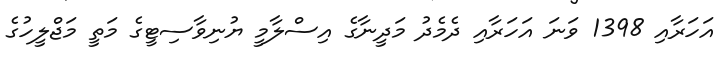
އަހަރާއި 1398 ވަނަ އަހަރާއި ދެމެދު މަދީނާގެ އިސްލާމީ ޔުނިވާސިޓީގެ މަތީ މަޖްލީހުގެ